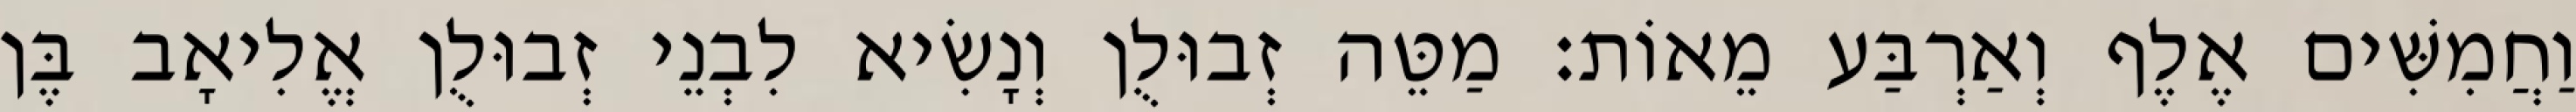
וַחֲמִשִּׁים אֶלֶף וְאַרְבַּע מֵאוֹת׃ מַטֵּה זְבוּלֻן וְנָשִׂיא לִבְנֵי זְבוּלֻן אֱלִיאָב בֶּן